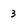
Character: 3